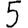
Digit: 5